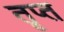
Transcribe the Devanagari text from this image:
तृप्‍त